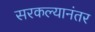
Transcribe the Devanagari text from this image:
सरकल्यानंतर